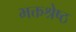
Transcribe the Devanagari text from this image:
भक्तश्रेष्ठ